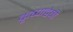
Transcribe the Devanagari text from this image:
कृष्णद्वेषी